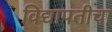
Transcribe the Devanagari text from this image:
विद्यापतीचा